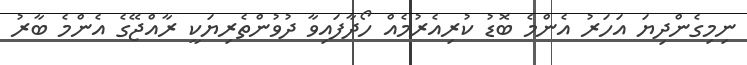
ނިމިގެންދިޔަ އަހަރު އެންމެ ބޮޑު ކުރިއެރުމެއް ހޯދާފައިވާ ދުވުންތެރިޔަކީ ރާއްޖޭގެ އެންމެ ބާރު